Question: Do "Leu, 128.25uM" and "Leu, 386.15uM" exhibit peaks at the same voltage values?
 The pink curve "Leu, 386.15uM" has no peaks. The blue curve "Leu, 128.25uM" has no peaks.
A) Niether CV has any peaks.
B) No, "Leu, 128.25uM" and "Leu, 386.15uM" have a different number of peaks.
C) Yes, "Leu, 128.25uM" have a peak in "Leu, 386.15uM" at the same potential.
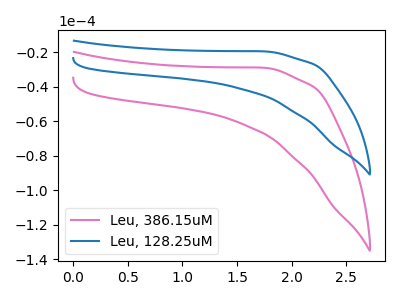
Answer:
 <answer>A) Niether CV has any peaks.</answer>
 <eval>A</eval>